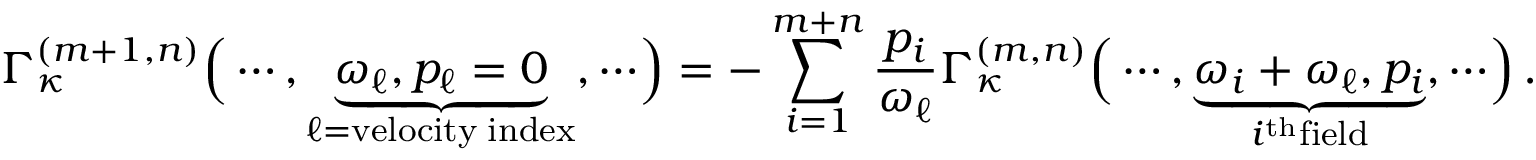
\Gamma _ { \kappa } ^ { ( m + 1 , n ) } \Bigr ( \cdots , \underbrace { \omega _ { \ell } , p _ { \ell } = 0 } _ { \ell = \mathrm { v e l o c i t y \; i n d e x } } , \cdots \Bigr ) = - \sum _ { i = 1 } ^ { m + n } \frac { p _ { i } } { \omega _ { \ell } } \Gamma _ { \kappa } ^ { ( m , n ) } \Bigr ( \cdots , \underbrace { \omega _ { i } + \omega _ { \ell } , p _ { i } } _ { i ^ { \mathrm { t h } } \mathrm { f i e l d } } , \cdots \Bigr ) \, .